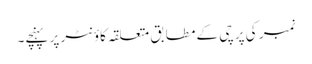
نمبر کی پرچی کے مطابق متعلقہ کاؤنٹر پر پہنچے۔